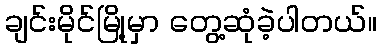
ချင်းမိုင်မြို့မှာ တွေ့ဆုံခဲ့ပါတယ်။